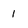
Character: 1